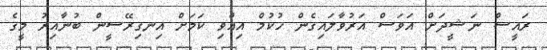
ރައީސް ނަޝީދަށް އަވަސް އަރުވާލައިގެން ހުކުމް އިއްވި ކަމަށް އިނގިރޭސީން ބުނާއިރު މީގެ